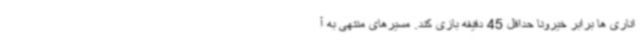
اناری ها برابر خیرونا حداقل 45 دقیقه بازی کند. مسیرهای منتهی به آ